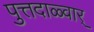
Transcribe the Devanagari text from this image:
पुत्तदाळ्वार्